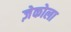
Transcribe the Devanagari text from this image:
ज़ेकोला